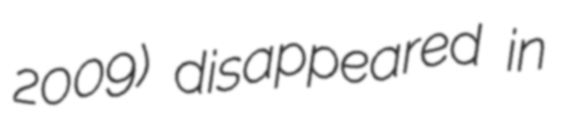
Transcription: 2009) disappeared in